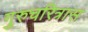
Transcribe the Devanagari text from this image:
गुरुचरित्रास